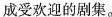
成受欢迎的剧集